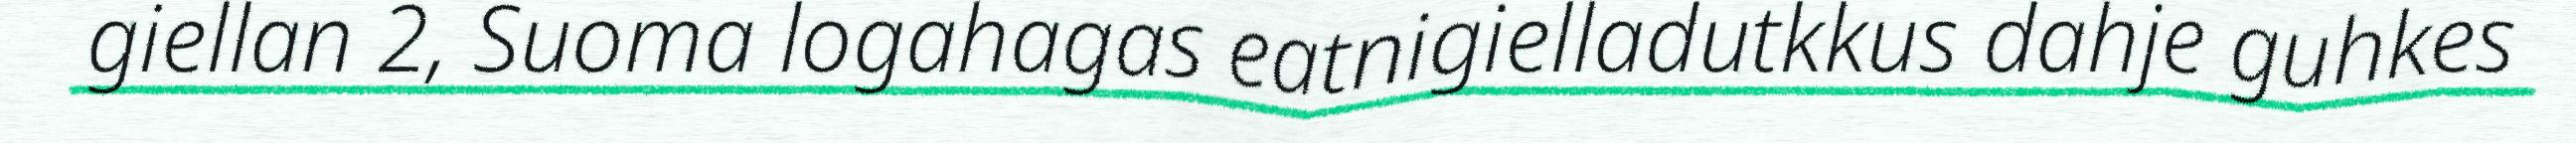
giellan 2, Suoma logahagas eatnigielladutkkus dahje guhkes